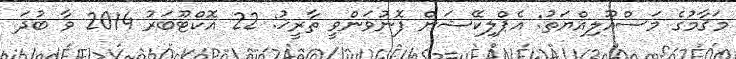
މަޤާމުގެ މަސްއޫލިއްޔަތު: އެޕްލިކޭޝަން ފޮނުވަންވީ ތާރީޚު: 22 އޮކްޓޫބަރު 2014 ވާ ބުދަ